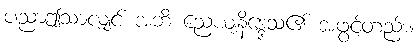
ပညာဤသာလျှင် အဘိ ညေယျနိဒ္ဒေသ၏ အဖွင့်တည်း။